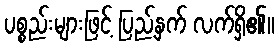
ပစ္စည်းများဖြင့် ပြည့်နှက် လက်ရှိ၏။